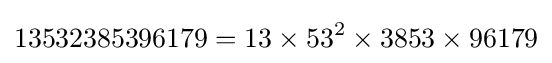
13532385396179=13\times 53^{2}\times 3853\times 96179